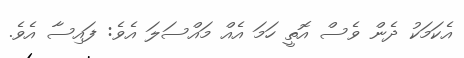
އެކަމަކު ދެން ވެސް އޮތީ ހަމަ އެއް މައްސަލަ އެވެ: ފައިސާ އެވެ.